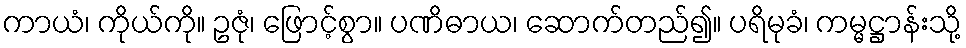
ကာယံ၊ ကိုယ်ကို။ ဥဇုံ၊ ဖြောင့်စွာ။ ပဏိဓာယ၊ ဆောက်တည်၍။ ပရိမုခံ၊ ကမ္မဋ္ဌာန်းသို့